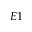
E 1